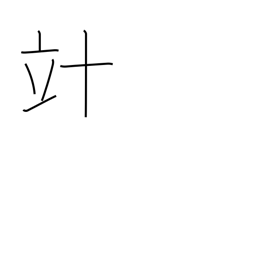
Meaning: decalitre